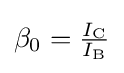
\textstyle \beta _{0}={\frac {I_{\text{C}}}{I_{\text{B}}}}